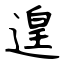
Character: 遑